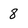
Character: 8